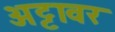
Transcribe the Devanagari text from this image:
अट्टावर